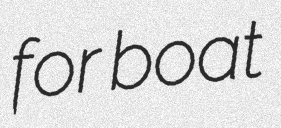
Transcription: for boat